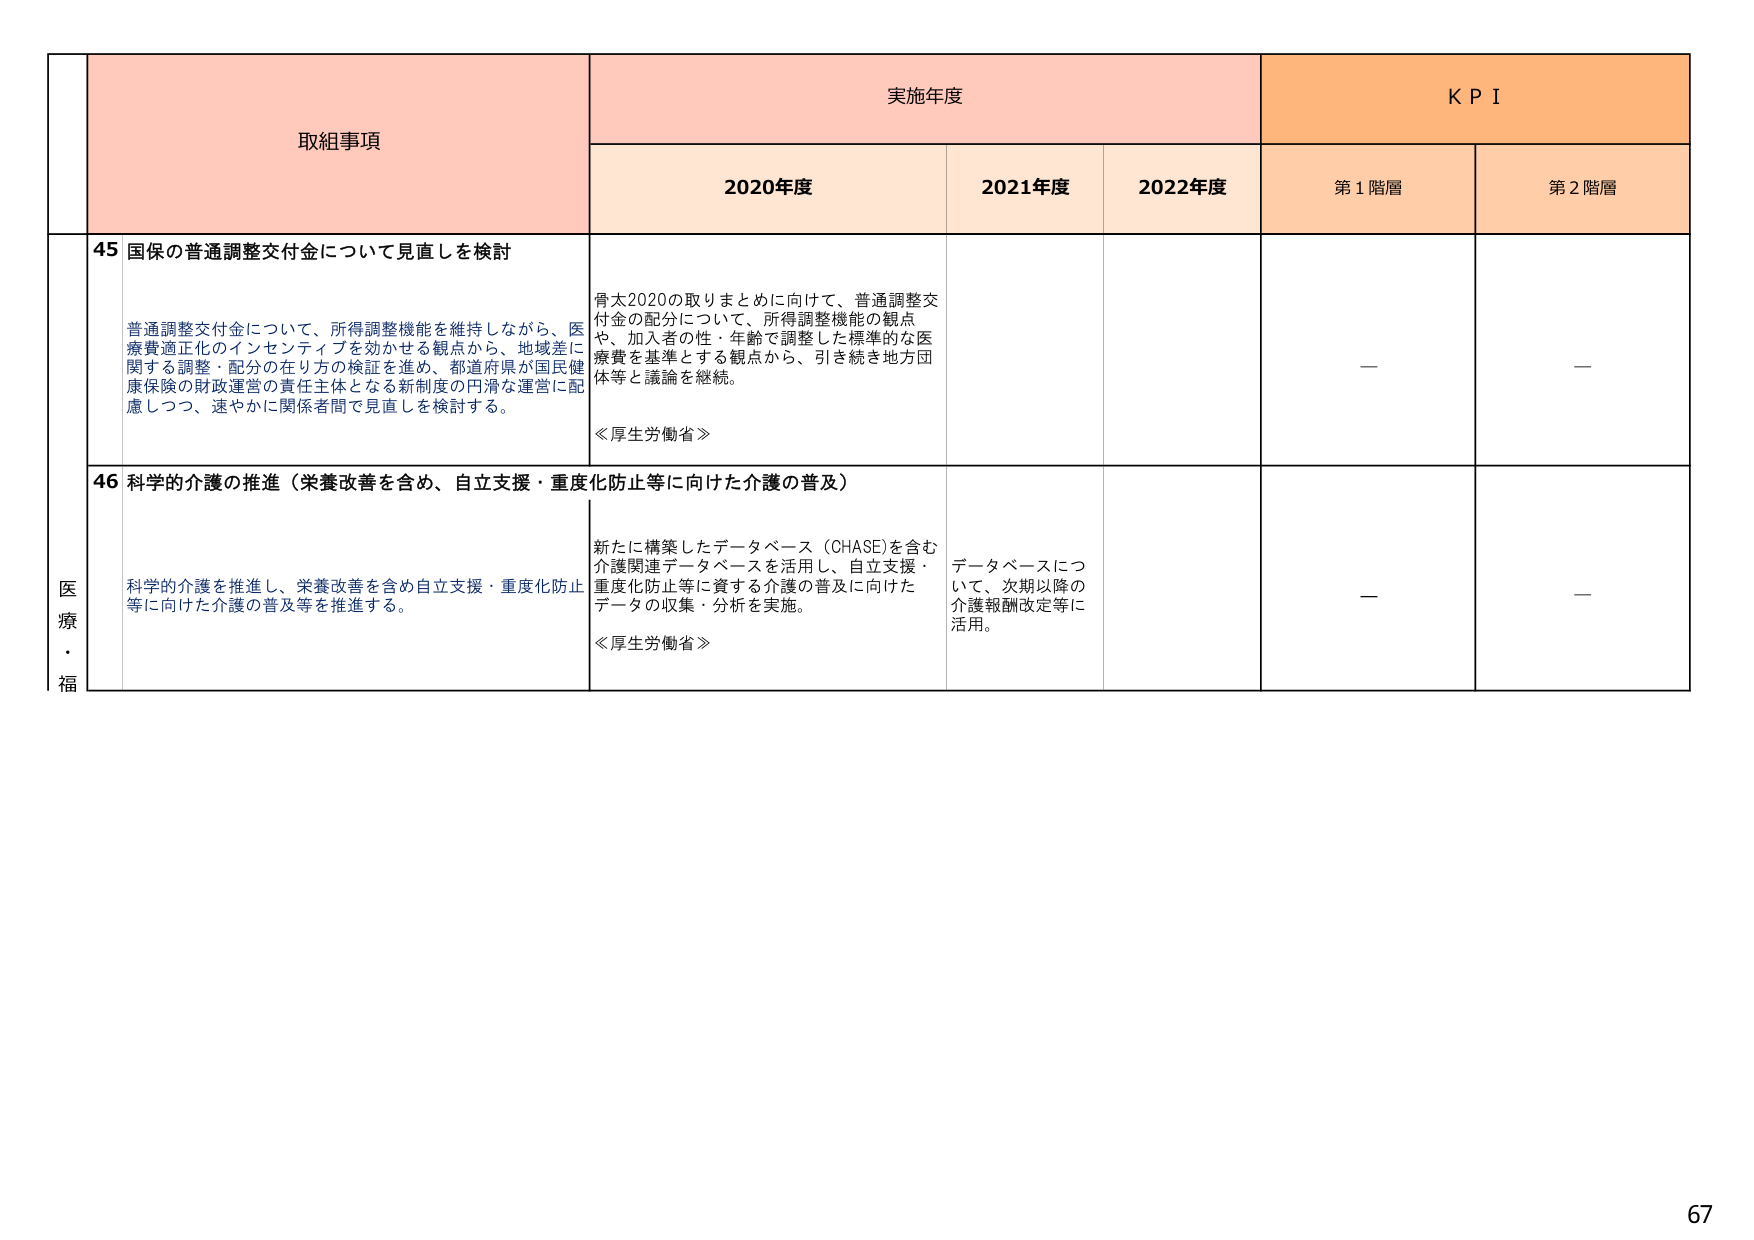
取組事項
実施年度
KPI
2020年度
2021年度
2022年度
第1階層
第2階層
医療・福
45 国保の普通調整交付金について見直しを検討
普通調整交付金について、所得調整機能を維持しながら、医療費適正化のインセンティブを効かせる観点から、地域差に関する調整・配分の在り方の検証を進め、都道府県が国民健康保険の財政運営の責任主体となる新制度の円滑な運営に配慮しつつ、速やかに関係者間で見直しを検討する。
骨太2020の取りまとめに向けて、普通調整交付金の配分について、所得調整機能の観点や、加入者の性・年齢で調整した標準的な医療費を基準とする観点から、引き続き地方団体等と議論を継続。
≪厚生労働省≫
—
—
46 科学的介護の推進（栄養改善を含め、自立支援・重度化防止等に向けた介護の普及）
科学的介護を推進し、栄養改善を含め自立支援・重度化防止等に向けた介護の普及等を推進する。
新たに構築したデータベース（CHASE）を含む介護関連データベースを活用し、自立支援・重度化防止等に資する介護の普及に向けたデータの収集・分析を実施。
≪厚生労働省≫
データベースについて、次期以降の介護報酬改定等に活用。
—
—
67